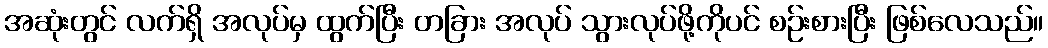
အဆုံးတွင် လက်ရှိ အလုပ်မှ ထွက်ပြီး တခြား အလုပ် သွားလုပ်ဖို့ကိုပင် စဉ်းစားပြီး ဖြစ်လေသည်။